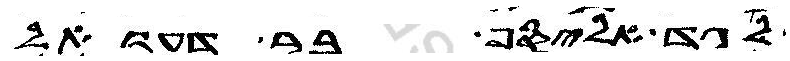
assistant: גד אליסף בר דעואל